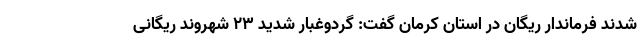
شدند فرماندار ریگان در استان کرمان گفت: گردوغبار شدید ۲۳ شهروند ریگانی